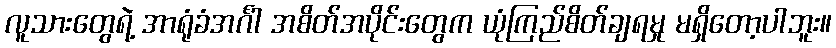
လူသားတွေရဲ့ အာရုံခံအင်္ဂါ အစိတ်အပိုင်းတွေက ယုံကြည်စိတ်ချရမှု မရှိတော့ပါဘူး။